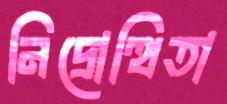
নিদ্রোত্থিতা